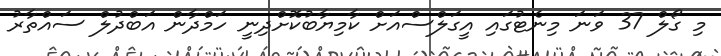
މި ގޯލް 37 ވަނަ މިނެޓުގައި އީގަލްސްއަށް ކާމިޔާބުކޮށްދިނީ ހަމްދާން އަބްދުލް ސައްތާރު